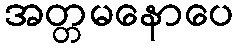
အတ္တမနောပေ